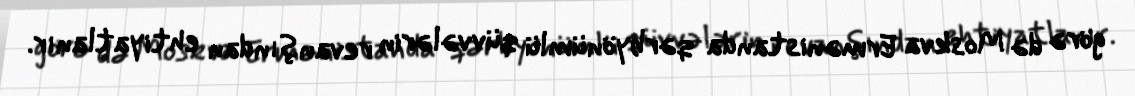
görə də Moskva Ermənistanda qərbyönümlü qüvvələrin revanşından ehtiyatlanır.